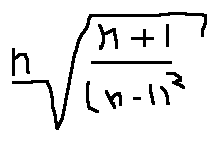
\sqrt [ n ] { \frac { n + 1 } { ( n - 1 ) ^ { 2 } } }